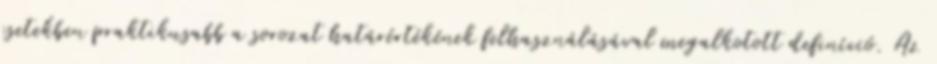
esetekben praktikusabb a sorozat határértékének felhasználásával megalkotott definíció. Az